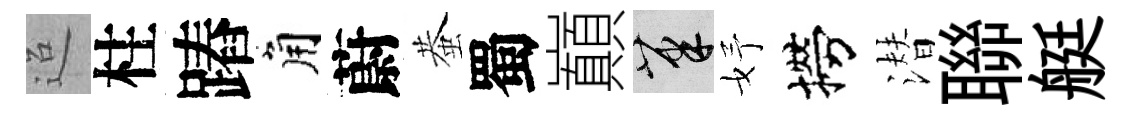
迢柱蹖角蔚蛬蜀巔筆妤撈潜聯艇